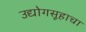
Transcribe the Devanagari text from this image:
उद्योगसूहाचा